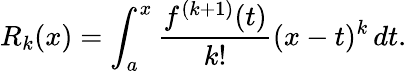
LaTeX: R_{k}(x)=\int_{a}^{x}{\frac{f^{(k+1)}(t)}{k!}}(x-t)^{k}\, dt.